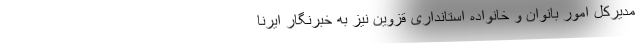
مدیرکل امور بانوان و خانواده استانداری قزوین نیز به خبرنگار ایرنا